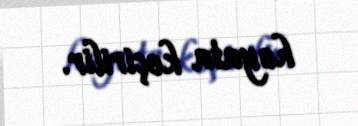
həyata keçirilir.